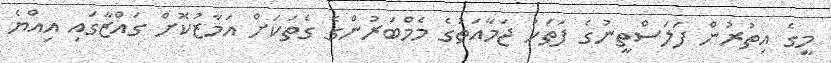
މީގެ އިތުރުން ފަލަސްތީނުގެ ފަތަހު ޖަމާއަތުގެ މެމްބަރުންގެ ގެތަކަށް އަމާޒުކޮށް ގައްޒާގައި އިއްޔެ